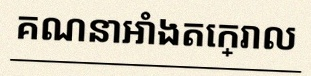
គណនាអាំងតេក្រាល